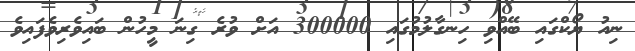
ނިއު ޔޯކްގައި ބޭއްވި ހިނގާލުމުގައި 300000 އަށް ވުރެ ގިނަ މީހުން ބައިވެރިވެފައިވެ